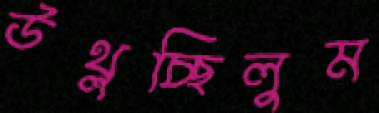
উথ্‌লচ্ছিলুম